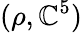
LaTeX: (\rho,\mathbb{C}^{5})